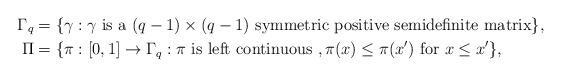
LaTeX: \begin{align*} \Gamma_q &= \{ \gamma : \gamma \textrm{ is a } (q-1) \times (q-1) \textrm{ symmetric positive semidefinite matrix} \}, \\ \Pi &= \{ \pi : [0,1] \to \Gamma_q : \pi \textrm{ is left continuous }, \pi(x) \leq \pi(x') \textrm{ for } x \leq x' \}, \end{align*}